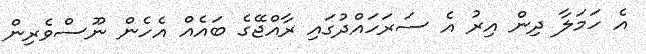
އެ ހަމަލާ ދިން އިރު އެ ސަރަހައްދުގައި ރާއްޖޭގެ ބައެއް އެހެން ނޫސްވެރިން